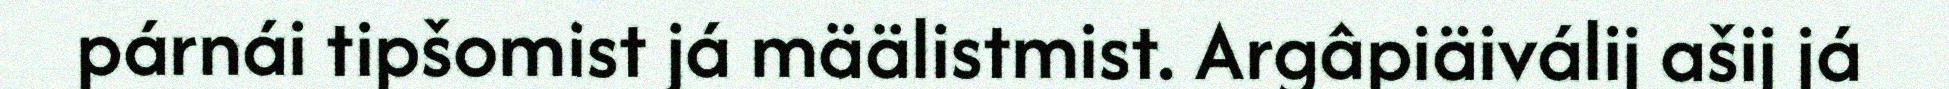
párnái tipšomist já määlistmist. Argâpiäiválij ašij já